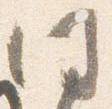
同